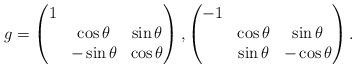
LaTeX: \begin{align*}g = \begin{pmatrix}1 & & \\& \cos \theta & \sin \theta \\& - \sin \theta & \cos \theta\end{pmatrix}, \begin{pmatrix} -1 & & \\ & \cos \theta & \sin \theta \\ & \sin \theta & - \cos \theta\end{pmatrix}. \end{align*}